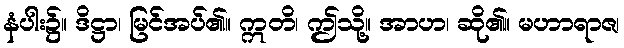
နံပါး၌။ ဒိဋ္ဌာ၊ မြင်အပ်၏။ ဣတိ၊ ဤသို့။ အာဟ၊ ဆို၏။ မဟာရာဇ၊